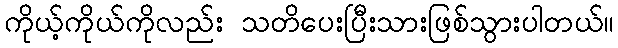
ကိုယ့်ကိုယ်ကိုလည်း သတိပေးပြီးသားဖြစ်သွားပါတယ်။